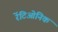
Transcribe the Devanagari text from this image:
रेंटिओनिक